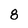
Character: 8